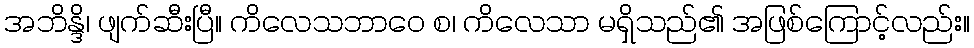
အဘိန္ဒိ၊ ဖျက်ဆီးပြီ။ ကိလေသဘာဝေ စ၊ ကိလေသာ မရှိသည်၏ အဖြစ်ကြောင့်လည်း။